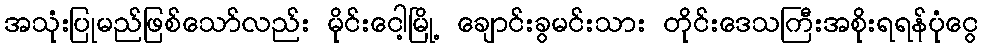
အသုံးပြုမည်ဖြစ်သော်လည်း မိုင်းငေါ့မြို့ ချောင်းခွမင်းသား တိုင်းဒေသကြီးအစိုးရရန်ပုံငွေ